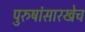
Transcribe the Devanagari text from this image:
पुरुषांसारखेच